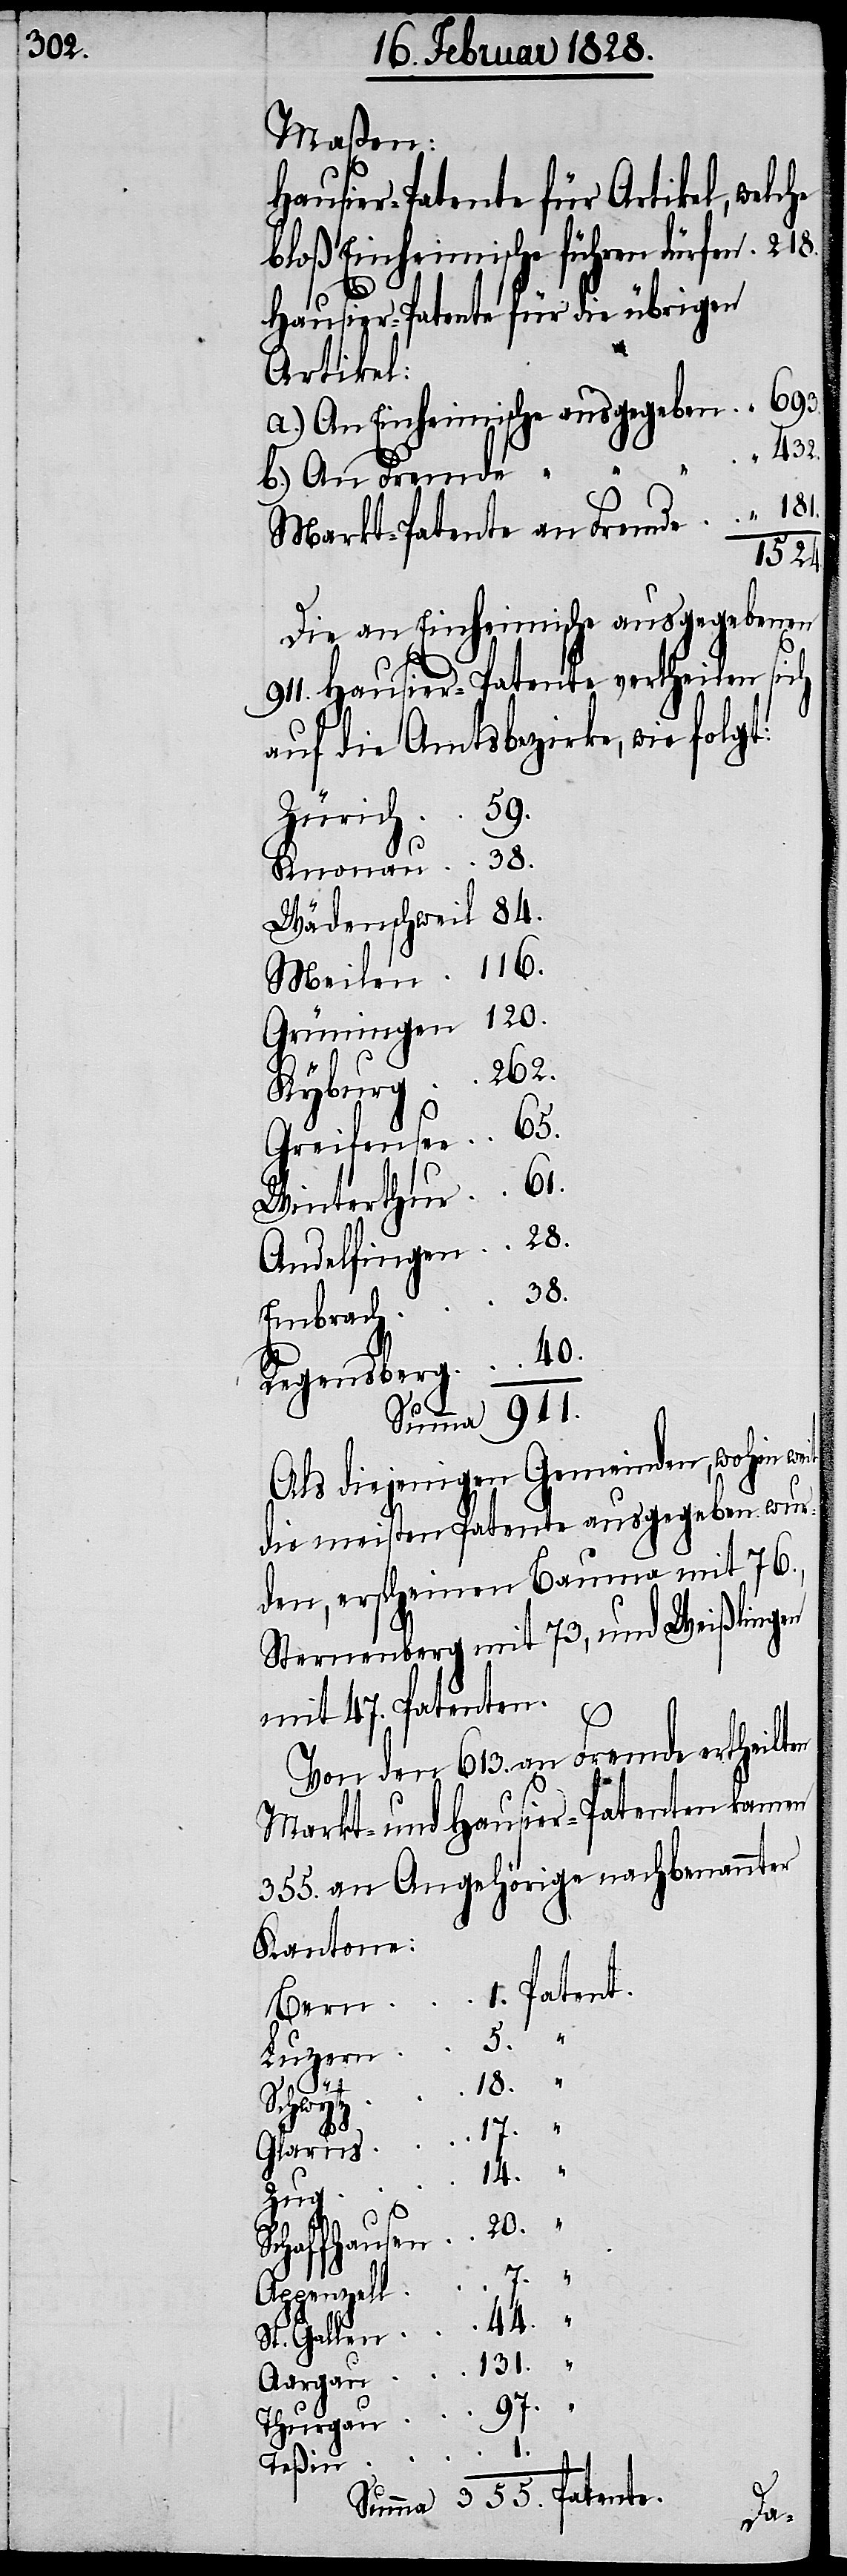
Maßen:
Hausier-Patente für Artikel welche
bloß Einheimische führen dürfen	218.
b.) An
Hausier Patente für die übrigen
Artikel:
Markt-Patente an
1524
Die an Einheimische ausgegebenen
“
911. Hausier-Patente vertheilen si¬
gt:
auf die Amtsbezirke, wie
Wädenschweil
Als diejenigen Gemeinden, wohin weit
n wur¬
die meisten Patente ausgeg¬
den, erscheinen Bauma mit 76.,
Sternenberg mit 73, und Weißlingen
mit 47. Patenten.
Von den 613. an Fremde ertheilten
Markt- und Hausier-Patenten kamen
355. an Angehörige nachbenannter
Kantone:
Patente.
Bern
Luzern
ebe¬
18.
Thurgau
fol¬
Glarus
Zug
Schaffhausen
355.
Appenzell
44.
St. Gallen
Teßin